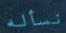
نسأله